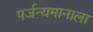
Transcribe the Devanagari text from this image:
पर्जन्यमानाला